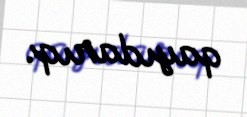
qayıdarıq.